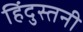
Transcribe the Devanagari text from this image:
हिंदुस्तनी